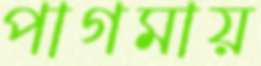
পাগমায়